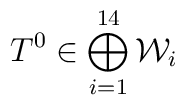
T^0\in \bigoplus_{i=1}^{14}{\mathcal W}_i